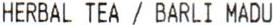
HERBAL TEA / BARLI MADU